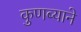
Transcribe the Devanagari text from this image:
कुणब्याने